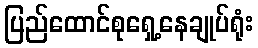
ပြည်ထောင်စုရှေ့နေချုပ်ရုံး